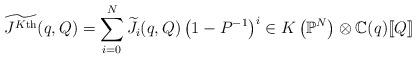
LaTeX: \begin{align*} \widetilde{J^{K\textnormal{th}}}(q,Q) = \sum_{i=0}^N \widetilde{J_i}(q,Q) \left(1-P^{-1} \right)^i \in K \left( \mathbb{P}^N \right) \otimes \mathbb{C}(q) [\![Q]\!] \end{align*}